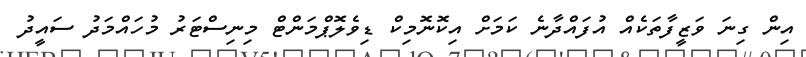
އިން ގިނަ ވަޒީފާތަކެއް އުފައްދާނެ ކަމަށް އިކޮނޮމިކް ޑިވެލޮޕްމަންޓް މިނިސްޓަރު މުހައްމަދު ސައީދު